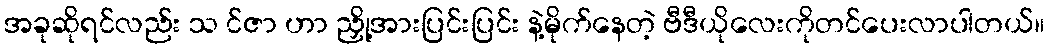
အခုဆိုရင်လည်း သ င်ဇာ ဟာ ညှို့အားပြင်းပြင်း နဲ့မိုက်နေတဲ့ ဗီဒီယိုလေးကိုတင်ပေးလာပါတယ်။